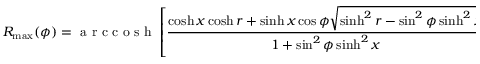
R _ { \operatorname* { m a x } } ( \phi ) = \mathrm { ~ a ~ r ~ c ~ c ~ o ~ s ~ h ~ } \left[ \frac { \cosh x \cosh r + \sinh x \cos \phi \sqrt { \sinh ^ { 2 } r - \sin ^ { 2 } \phi \sinh ^ { 2 } x } } { 1 + \sin ^ { 2 } \phi \sinh ^ { 2 } x } \right]